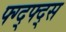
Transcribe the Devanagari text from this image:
फ्ग्द्फ्द्स